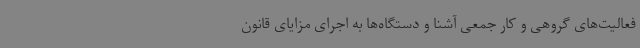
فعالیت‌های گروهی و کار جمعی آشنا و دستگاه‌ها به اجرای مزایای قانون